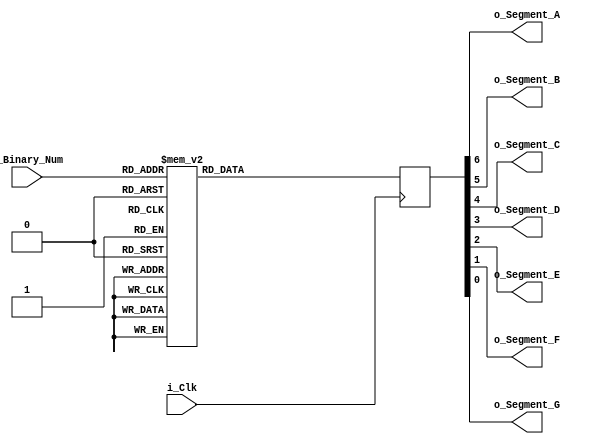
module Binary_To_7Segment 
	(input i_Clk,
	input [3:0] i_Binary_Num,
	output o_Segment_A,
	output o_Segment_B,
	output o_Segment_C,
	output o_Segment_D,
	output o_Segment_E,
	output o_Segment_F,
	output o_Segment_G);

 reg [6:0] r_Hex_Encoding = 7'h00;
 
 // Purpose: Creates a case statement for all possible input binary numbers.
 // Drives r_Hex_Encoding appropriately for each input combination. 
 
 always @ (posedge i_Clk)
	begin 
		case (i_Binary_Num)
			4'b0000 : 
				r_Hex_Encoding <= 7'h7E; //7 bit wide hexidecimal number 7E=111 1110 representing number 0
			4'b0001 :
				r_Hex_Encoding <= 7'h30; // 011 0000 number 1 
			4'b0010 :
				r_Hex_Encoding <= 7'h6D; // 110 1101 number 2
			4'b0011 :
				r_Hex_Encoding <= 7'h79; //111 1001 number 3
			4'b0100 :
				r_Hex_Encoding <= 7'h33; //111 1001 number 4
			4'b0101 :
				r_Hex_Encoding <= 7'h5B; //111 1001 number 5
			4'b0110 :
				r_Hex_Encoding <= 7'h5F; //111 1001 number 6
			4'b0111 :
				r_Hex_Encoding <= 7'h70; //111 1001 number 7
			4'b1000 :
				r_Hex_Encoding <= 7'h7F; //111 1001 number 8
			4'b1001 :
				r_Hex_Encoding <= 7'h7B; //111 1001 number 9
			4'b1010 :
				r_Hex_Encoding <= 7'h77; //111 1001 number A
			4'b1011 :
				r_Hex_Encoding <= 7'h1F; //111 1001 number B
			4'b1100 :
				r_Hex_Encoding <= 7'h4E; //111 1001 number C
			4'b1101 :
				r_Hex_Encoding <= 7'h3D; //111 1001 number D
			4'b1110 :
				r_Hex_Encoding <= 7'h4F; //111 1001 number E
			4'b1111 :
				r_Hex_Encoding <= 7'h47; //111 1001 number F
		endcase 
	end //always @ (posedge i_Clk)

//r_Hex_Encoding[7] is unused 
// assinging the bits to the right segments in this case abcdefg is the order so a is MSB of 6th bit 
assign o_Segment_A = r_Hex_Encoding[6];
assign o_Segment_B = r_Hex_Encoding[5];
assign o_Segment_C = r_Hex_Encoding[4];
assign o_Segment_D = r_Hex_Encoding[3];
assign o_Segment_E = r_Hex_Encoding[2];
assign o_Segment_F = r_Hex_Encoding[1];
assign o_Segment_G = r_Hex_Encoding[0];	

endmodule // Binary_To_7Segment